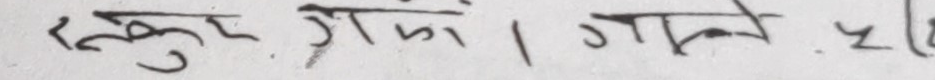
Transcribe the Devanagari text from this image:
स्कुल जोइन । जाने ५/७